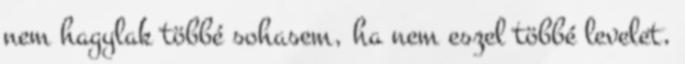
nem hagylak többé sohasem, ha nem eszel többé levelet,